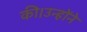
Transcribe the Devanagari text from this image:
की।उन्होंने